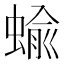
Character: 蝓